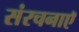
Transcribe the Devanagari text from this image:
संरचनाएॅ